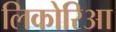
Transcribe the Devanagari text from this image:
लिकोरिआ